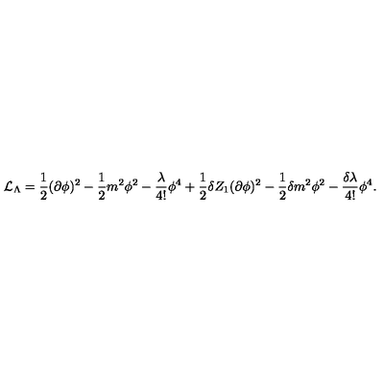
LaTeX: { \cal { L } } _ { \Lambda } = \frac { 1 } { 2 } ( \partial \phi ) ^ { 2 } - \frac { 1 } { 2 } m ^ { 2 } \phi ^ { 2 } - \frac { \lambda } { 4 ! } \phi ^ { 4 } + \frac { 1 } { 2 } \delta Z _ { 1 } ( \partial \phi ) ^ { 2 } - \frac { 1 } { 2 } \delta m ^ { 2 } \phi ^ { 2 } - \frac { \delta \lambda } { 4 ! } \phi ^ { 4 } .